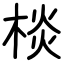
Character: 棪